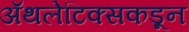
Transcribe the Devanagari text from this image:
ॲथलेटिक्सकडून